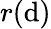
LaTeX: r(\mathrm{d})